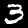
Digit: 3